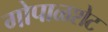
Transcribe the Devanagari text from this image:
गोपाळशेट